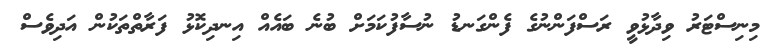
މިނިސްޓަރު ވިދާޅުވީ ރަސްފަންނުގެ ފެންގަނޑު ނުސާފުކަމަށް ބުނެ ބައެއް އިނދިކޮޅު ފަރާތްތަކުން އަދިވެސް